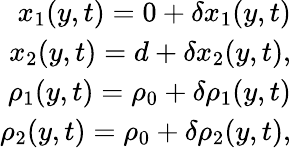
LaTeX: \begin{array}{r}{x_{1}(y,t)=0+\delta x_{1}(y,t)}\\ {x_{2}(y,t)=d+\delta x_{2}(y,t),}\\ {\rho_{1}(y,t)=\rho_{0}+\delta\rho_{1}(y,t)}\\ {\rho_{2}(y,t)=\rho_{0}+\delta\rho_{2}(y,t),}\end{array}